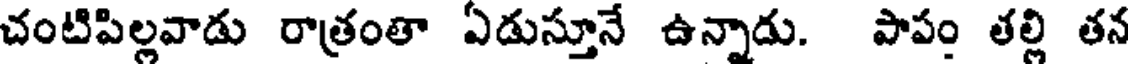
చంటిపిల్లవాడు రాత్రంతా ఏడుస్తూనే ఉన్నాడు. పాపం తల్లి తన